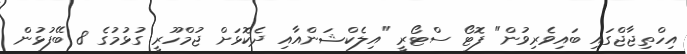
އިހްތިޖާޖްގައި ބައިވެރިވުން" ފޮޓޯ ސްޓޯރީ "އިލެކްޝަންއާއި ދެކޮޅަށް ޖުމްހޫރީ ގުޅުމުގެ 8 ބޭފުޅުން